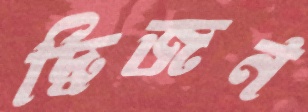
দ্বিজন